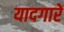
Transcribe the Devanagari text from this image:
यादगारें